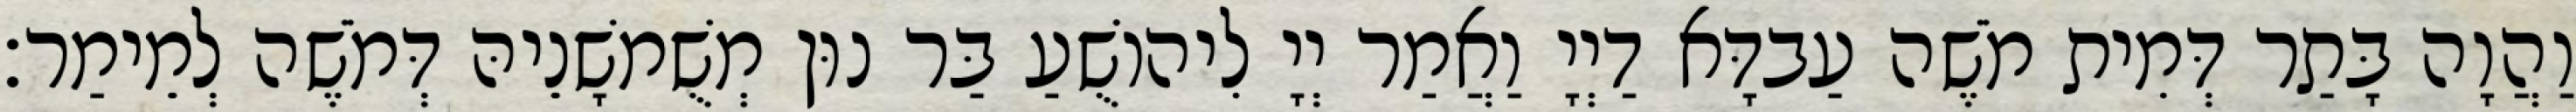
וַהֲוָה בָּתַר דְּמִית מֹשֶׁה עַבדָּא דַיְיָ וַאֲמַר יְיָ לִיהוֹשֻׁעַ בַּר נוּן מְשֻׁמשָׁנֵיהּ דְּמֹשֶׁה לְמֵימַר׃